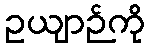
ဥယျာဉ်ကို